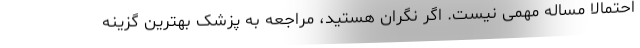
احتمالا مساله مهمی نیست. اگر نگران هستید، مراجعه به پزشک بهترین گزینه